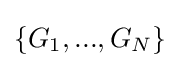
\{G_{1},...,G_{N}\}